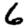
Digit: 6